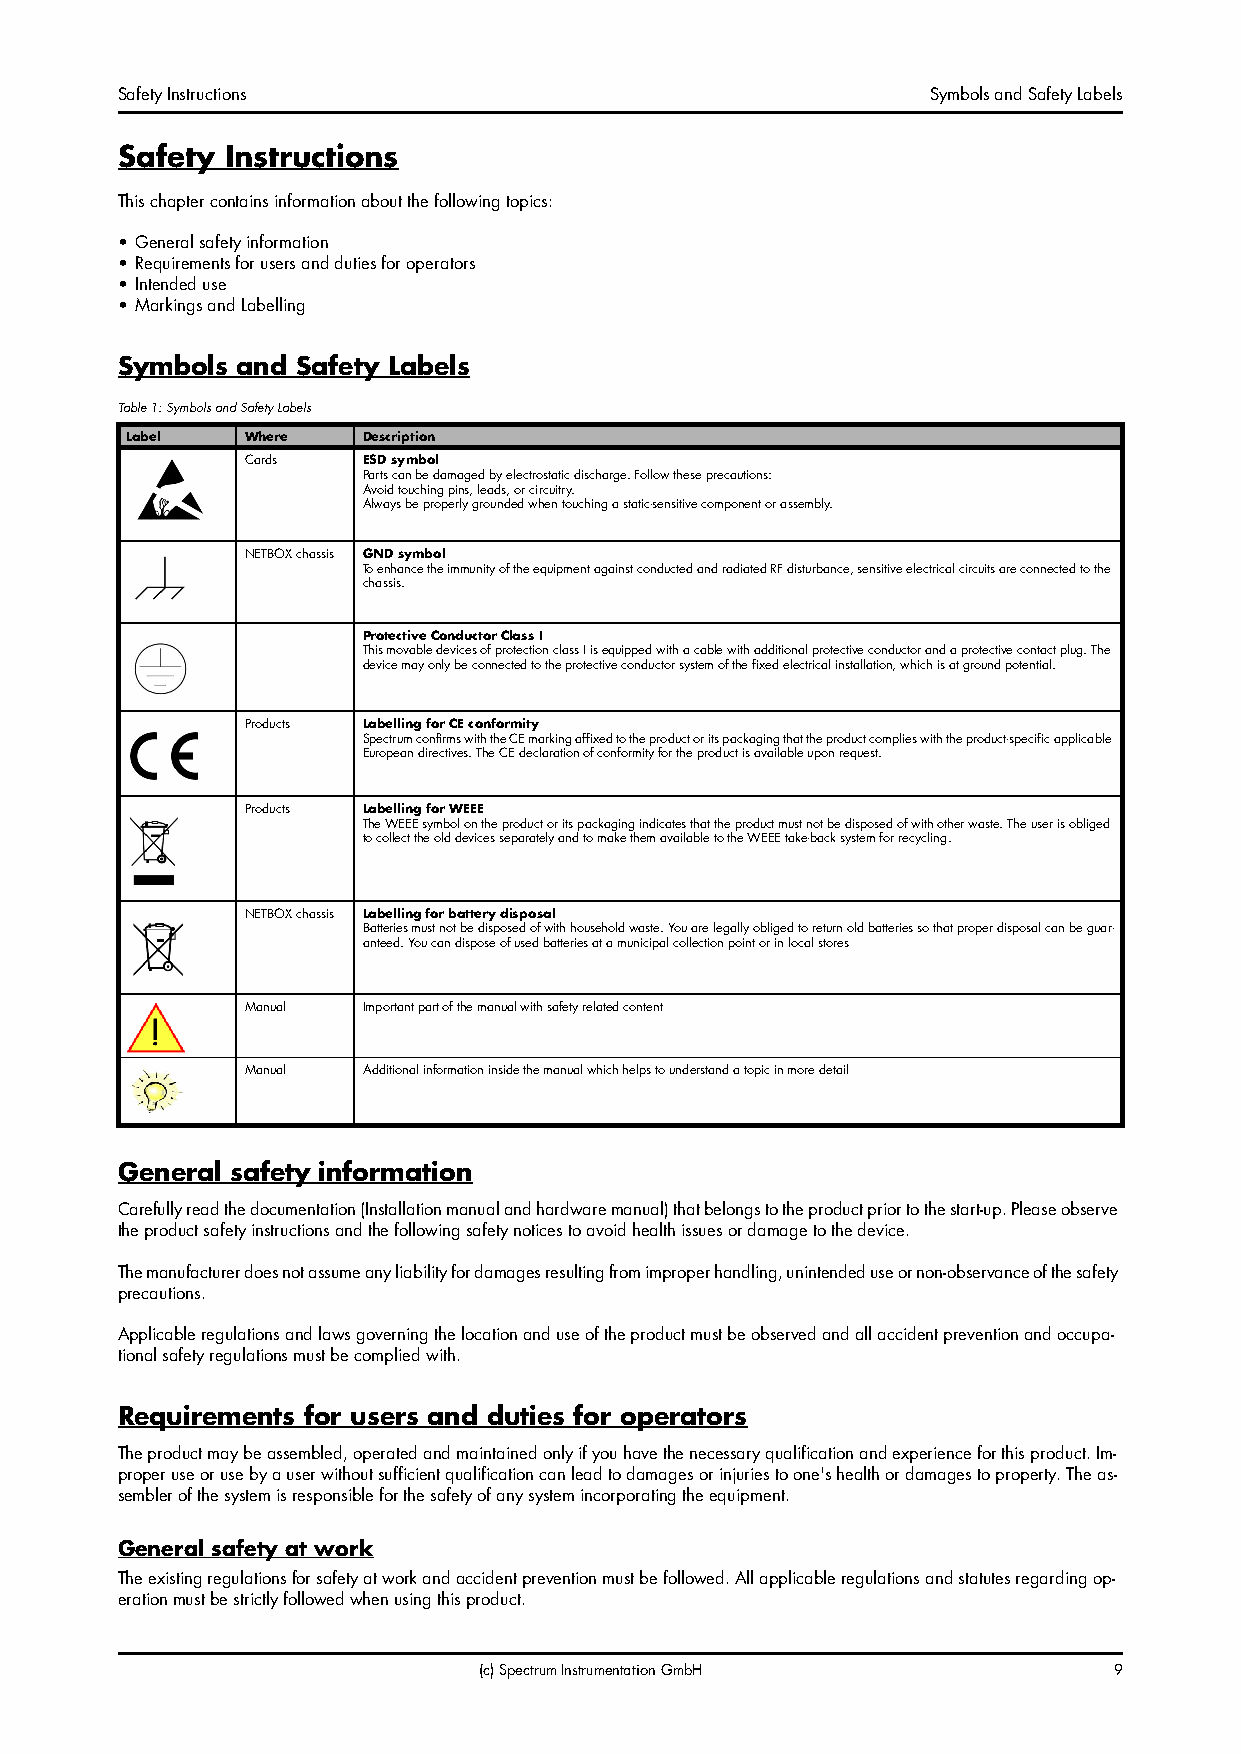
Safety Instructions                                   Symbols and Safety Labels
 Safety Instructions
 This chapter contains information about the following topics:
 • General safety information
 • Requirements for users and duties for operators
 • Intended use
 • Markings and Labelling
 Symbols and Safety Labels
 Table 1: Symbols and Safety Labels
 Label   Where   Description
 Cards   ESD symbol
 Parts can be damaged by electrostatic discharge. Follow these precautions:
 Avoid touching pins, leads, or circuitry.
 Always be properly grounded when touching a static-sensitive component or assembly.
 NETBOX chassis GND symbol
 To enhance the immunity of the equipment against conducted and radiated RF disturbance, sensitive electrical circuits are connected to the
 chassis.
 Protective Conductor Class I
 This movable devices of protection class I is equipped with a cable with additional protective conductor and a protective contact plug. The
 device may only be connected to the protective conductor system of the fixed electrical installation, which is at ground potential.
 Products Labelling for CE conformity
 Spectrum confirms with the CE marking affixed to the product or its packaging that the product complies with the product-specific applicable
 European directives. The CE declaration of conformity for the product is available upon request.
 Products Labelling for WEEE
 The WEEE symbol on the product or its packaging indicates that the product must not be disposed of with other waste. The user is obliged
 to collect the old devices separately and to make them available to the WEEE take-back system for recycling.
 NETBOX chassis Labelling for battery disposal
 Batteries must not be disposed of with household waste. You are legally obliged to return old batteries so that proper disposal can be guar-
 anteed. You can dispose of used batteries at a municipal collection point or in local stores
 Manual  Important part of the manual with safety related content
 Manual  Additional information inside the manual which helps to understand a topic in more detail
 General safety information
 Carefully read the documentation (Installation manual and hardware manual) that belongs to the product prior to the start-up. Please observe
 the product safety instructions and the following safety notices to avoid health issues or damage to the device.
 The manufacturer does not assume any liability for damages resulting from improper handling, unintended use or non-observance of the safety
 precautions.
 Applicable regulations and laws governing the location and use of the product must be observed and all accident prevention and occupa-
 tional safety regulations must be complied with.
 Requirements for users and duties for operators
 The product may be assembled, operated and maintained only if you have the necessary qualification and experience for this product. Im-
 proper use or use by a user without sufficient qualification can lead to damages or injuries to one's health or damages to property. The as-
 sembler of the system is responsible for the safety of any system incorporating the equipment.
 General safety at work
 The existing regulations for safety at work and accident prevention must be followed. All applicable regulations and statutes regarding op-
 eration must be strictly followed when using this product.
 (c) Spectrum Instrumentation GmbH         9